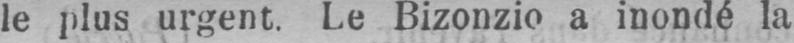
le plus urgent. Le Bizonzio a inondé la